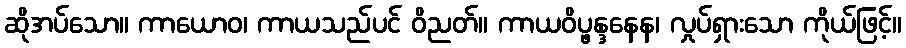
ဆိုအပ်သော။ ကာယောဝ၊ ကာယသည်ပင် ဝိညတ်။ ကာယဝိပ္ဖန္ဒနေန၊ လှုပ်ရှားသော ကိုယ်ဖြင့်။